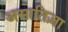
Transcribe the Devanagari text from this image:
असातिज़ा